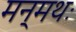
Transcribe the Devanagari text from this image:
मन्मथः